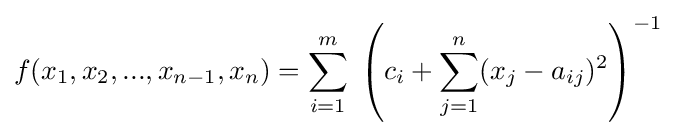
f(x_{1},x_{2},...,x_{n-1},x_{n})=\sum _{i=1}^{m}\;\left(c_{i}+\sum \limits _{j=1}^{n}(x_{j}-a_{ij})^{2}\right)^{-1}